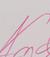
Signature authenticity: genuine